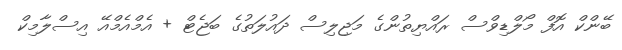
ބޭންކް އޮފް މޯލްޑިވްސް ރައްޔިތުންގެ މަޖިލިސް ދައުލަތުގެ ބަޖެޓް + އެމްއެމްއޭ އިސްލާމިކް